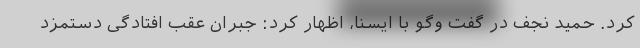
کرد. حمید نجف در گفت وگو با ایسنا، اظهار کرد: جبران عقب افتادگی دستمزد